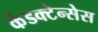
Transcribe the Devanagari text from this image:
कंडक्टेन्सेस